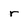
Character: r